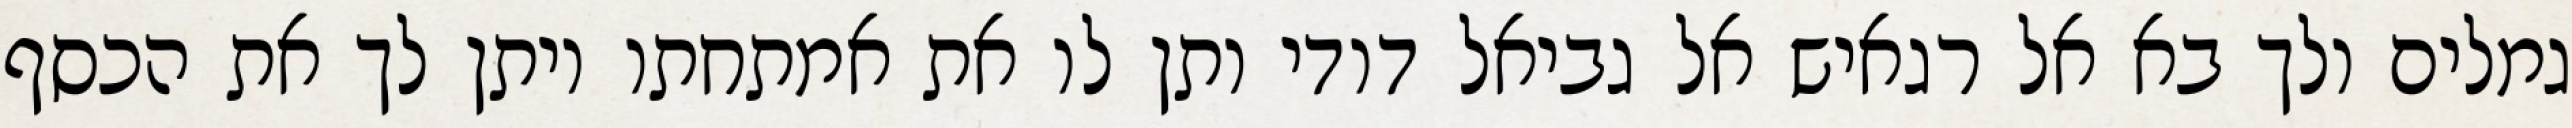
גמלים ולך בא אל רגאיש אל גביאל דודי ותן לו את אמתחתו ויתן לך את הכסף